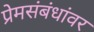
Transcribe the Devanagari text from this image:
प्रेमसंबंधांवर